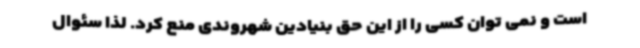
است و نمی توان کسی را از این حق بنیادین شهروندی منع کرد. لذا سئوال